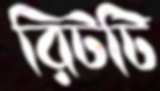
রিটটি